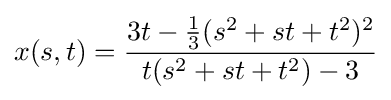
x(s,t)={3t-{1 \over 3}(s^{2}+st+t^{2})^{2} \over t(s^{2}+st+t^{2})-3}